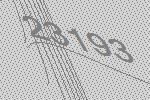
23193